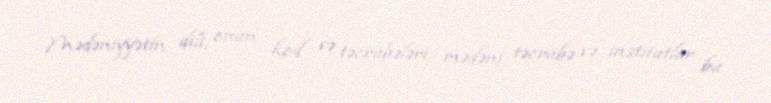
Mədəniyyətin dili, onun kod və təcrübələri, mədəni təcrübə və institutlar bu